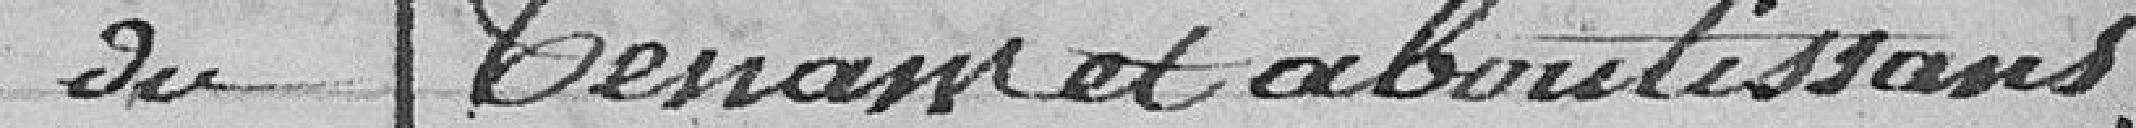
du